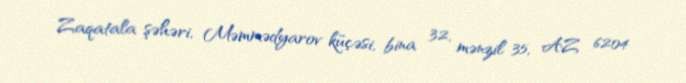
Zaqatala şəhəri, Məmmədyarov küçəsi, bina 32, mənzil 35, AZ 6204